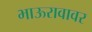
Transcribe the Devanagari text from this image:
भाऊरावावर